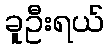
ခူဦးရယ်